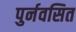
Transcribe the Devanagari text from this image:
पुर्नवसित